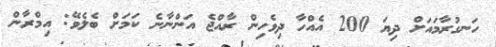
ހަނގުރާމައަށް ދިޔަ 200 އެއްހާ ދިވެހިން ރާއްޖެ އަންނާނެ ކަމަށް ބެލެވޭ: އިމްރާން